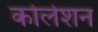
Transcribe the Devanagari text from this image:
कोलेशन